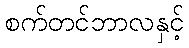
စက်တင်ဘာလနှင့်